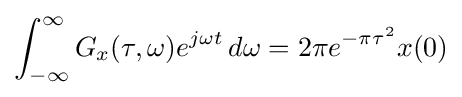
\int _{-\infty }^{\infty }G_{x}(\tau ,\omega )e^{j\omega t}\,d\omega =2\pi e^{-\pi \tau ^{2}}x(0)